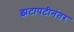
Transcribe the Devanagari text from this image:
झटापटीनंतर